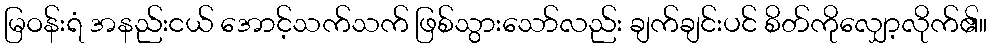
မြဝန်းရံ အနည်းငယ် အောင့်သက်သက် ဖြစ်သွားသော်လည်း ချက်ချင်းပင် စိတ်ကိုလျှော့လိုက်၏။